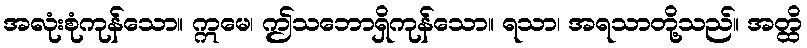
အလုံးစုံကုန်သော။ ဣမေ၊ ဤသဘောရှိကုန်သော။ ရသာ၊ အရသာတို့သည်။ အတ္ထိ